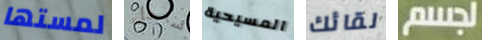
لمستها ساحل المسيحية لقائك لجسم